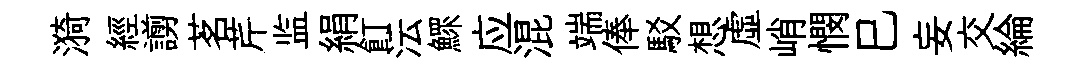
漪經謭茗芹监絹飣沄鰥应混端俸駁想虛峭憫巳妄交綸